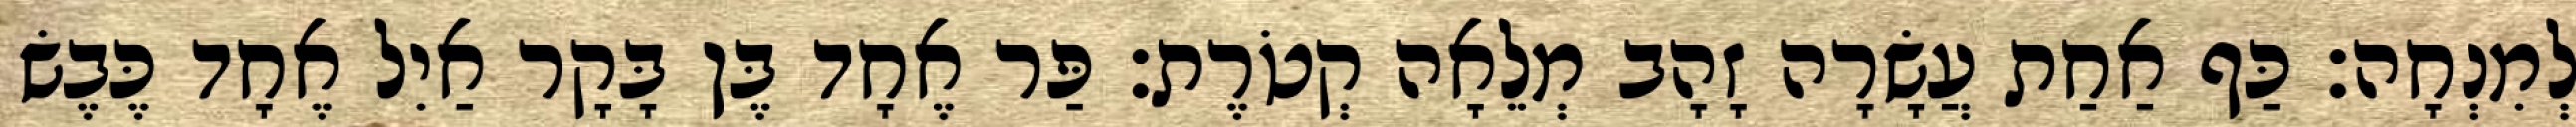
לְמִנְחָה׃ כַּף אַחַת עֲשָׂרָה זָהָב מְלֵאָה קְטֹרֶת׃ פַּר אֶחָד בֶּן בָּקָר אַיִל אֶחָד כֶּבֶשׂ